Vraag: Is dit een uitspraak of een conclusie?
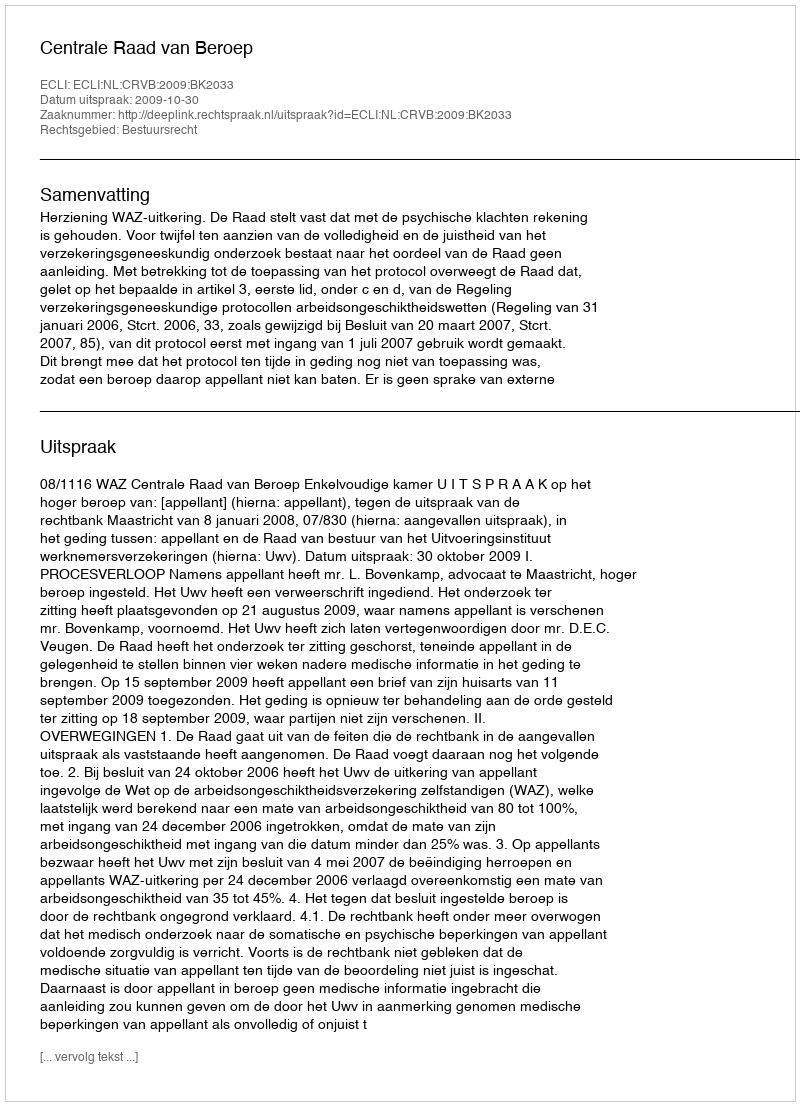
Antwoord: Uitspraak